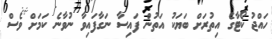
ހައްޖު ކޯޓާގެ އިތުރަށް ބަޔަކު އަތުން ފައިސާ ނަގާފައިވާ ނުވާނެ ކަމަށް ވެސް